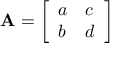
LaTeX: \mathbf { A } = { \left[ \begin{array} { l l } { a } & { c } \\ { b } & { d } \end{array} \right] }